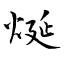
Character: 烻